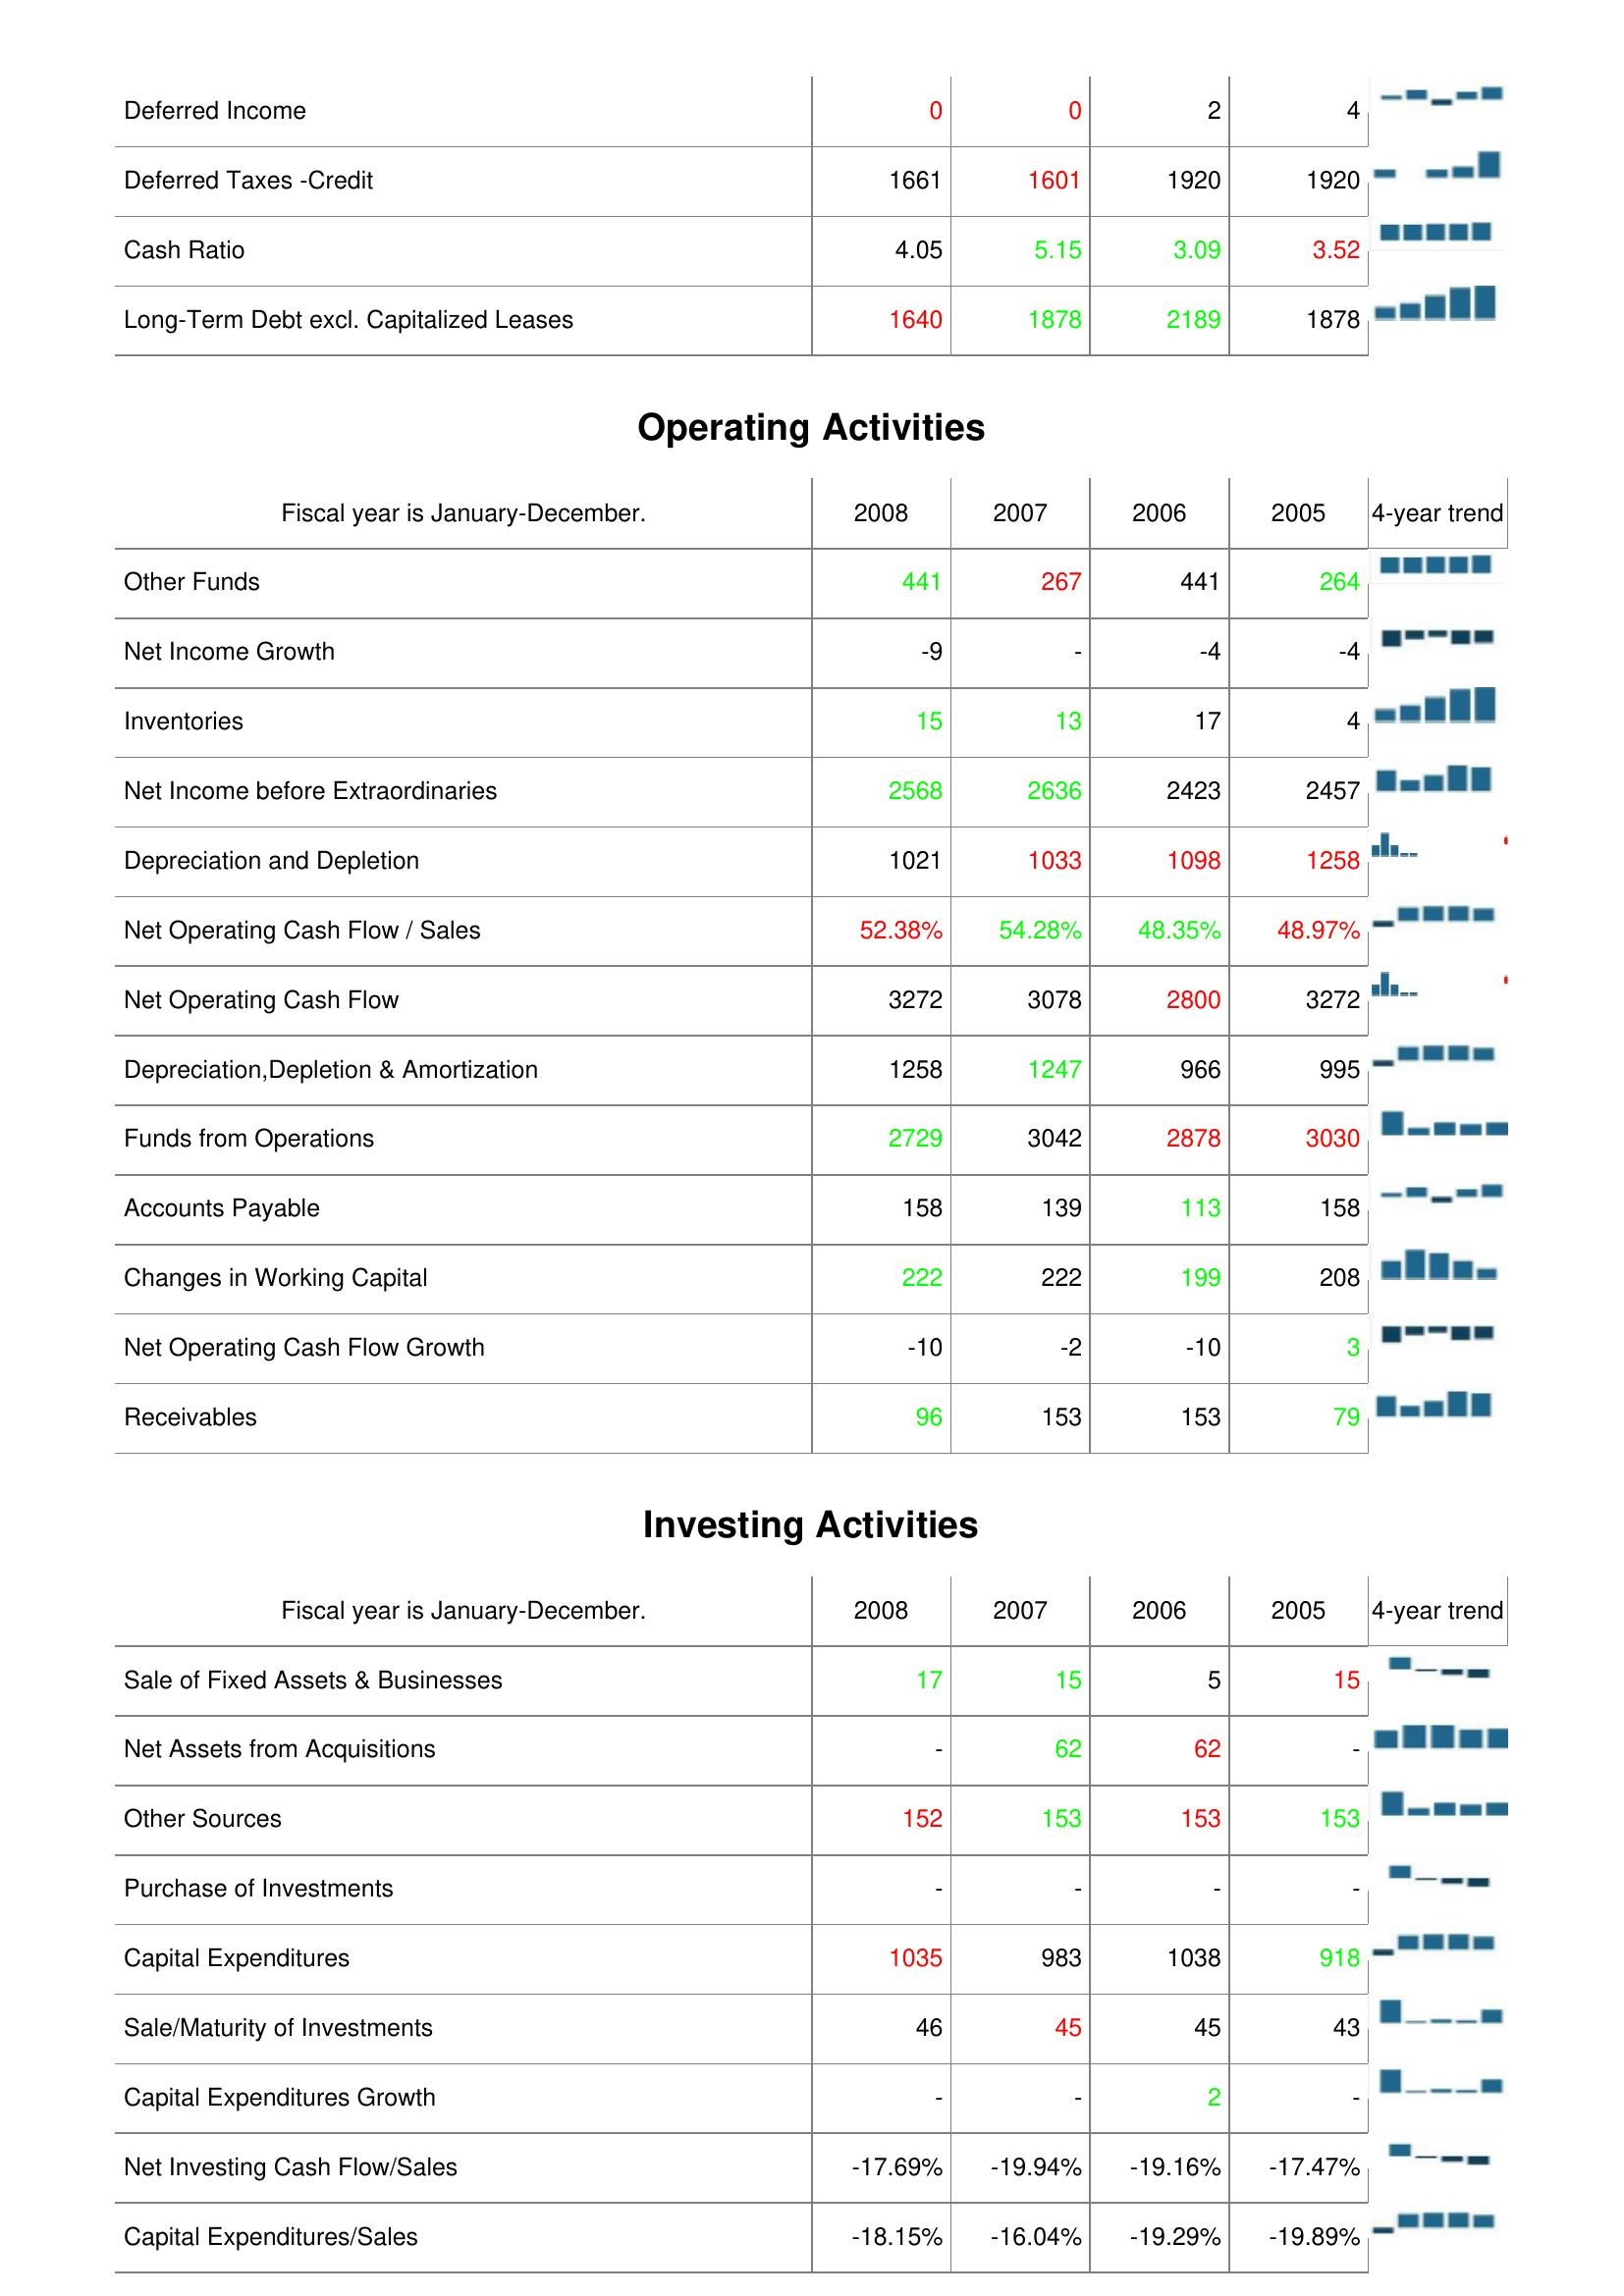
2008: Liabilities & Shareholder's Equity: Deferred Income: 0
Deferred Taxes -Credit: 1661
Cash Ratio: 4.05
Long-Term Debt excl. Capitalized Leases: 1640
Operating Activities: Other Funds: 441
Net Income Growth: -9
Inventories: 15
Net Income before Extraordinaries: 2568
Depreciation and Depletion: 1021
Net Operating Cash Flow / Sales: 52.38%
Net Operating Cash Flow: 3272
Depreciation,Depletion & Amortization: 1258
Funds from Operations: 2729
Accounts Payable: 158
Changes in Working Capital: 222
Net Operating Cash Flow Growth: -10
Receivables: 96
Investing Activities: Sale of Fixed Assets & Businesses: 17
Net Assets from Acquisitions: -
Other Sources: 152
Purchase of Investments: -
Capital Expenditures: 1035
Sale/Maturity of Investments: 46
Capital Expenditures Growth: -
Net Investing Cash Flow/Sales: -17.69%
Capital Expenditures/Sales: -18.15%
2007: Liabilities & Shareholder's Equity: Deferred Income: 0
Deferred Taxes -Credit: 1601
Cash Ratio: 5.15
Long-Term Debt excl. Capitalized Leases: 1878
Operating Activities: Other Funds: 267
Net Income Growth: -
Inventories: 13
Net Income before Extraordinaries: 2636
Depreciation and Depletion: 1033
Net Operating Cash Flow / Sales: 54.28%
Net Operating Cash Flow: 3078
Depreciation,Depletion & Amortization: 1247
Funds from Operations: 3042
Accounts Payable: 139
Changes in Working Capital: 222
Net Operating Cash Flow Growth: -2
Receivables: 153
Investing Activities: Sale of Fixed Assets & Businesses: 15
Net Assets from Acquisitions: 62
Other Sources: 153
Purchase of Investments: -
Capital Expenditures: 983
Sale/Maturity of Investments: 45
Capital Expenditures Growth: -
Net Investing Cash Flow/Sales: -19.94%
Capital Expenditures/Sales: -16.04%
2006: Liabilities & Shareholder's Equity: Deferred Income: 2
Deferred Taxes -Credit: 1920
Cash Ratio: 3.09
Long-Term Debt excl. Capitalized Leases: 2189
Operating Activities: Other Funds: 441
Net Income Growth: -4
Inventories: 17
Net Income before Extraordinaries: 2423
Depreciation and Depletion: 1098
Net Operating Cash Flow / Sales: 48.35%
Net Operating Cash Flow: 2800
Depreciation,Depletion & Amortization: 966
Funds from Operations: 2878
Accounts Payable: 113
Changes in Working Capital: 199
Net Operating Cash Flow Growth: -10
Receivables: 153
Investing Activities: Sale of Fixed Assets & Businesses: 5
Net Assets from Acquisitions: 62
Other Sources: 153
Purchase of Investments: -
Capital Expenditures: 1038
Sale/Maturity of Investments: 45
Capital Expenditures Growth: 2
Net Investing Cash Flow/Sales: -19.16%
Capital Expenditures/Sales: -19.29%
2005: Liabilities & Shareholder's Equity: Deferred Income: 4
Deferred Taxes -Credit: 1920
Cash Ratio: 3.52
Long-Term Debt excl. Capitalized Leases: 1878
Operating Activities: Other Funds: 264
Net Income Growth: -4
Inventories: 4
Net Income before Extraordinaries: 2457
Depreciation and Depletion: 1258
Net Operating Cash Flow / Sales: 48.97%
Net Operating Cash Flow: 3272
Depreciation,Depletion & Amortization: 995
Funds from Operations: 3030
Accounts Payable: 158
Changes in Working Capital: 208
Net Operating Cash Flow Growth: 3
Receivables: 79
Investing Activities: Sale of Fixed Assets & Businesses: 15
Net Assets from Acquisitions: -
Other Sources: 153
Purchase of Investments: -
Capital Expenditures: 918
Sale/Maturity of Investments: 43
Capital Expenditures Growth: -
Net Investing Cash Flow/Sales: -17.47%
Capital Expenditures/Sales: -19.89%